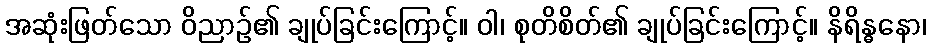
အဆုံးဖြတ်သော ဝိညာဉ်၏ ချုပ်ခြင်းကြောင့်။ ဝါ၊ စုတိစိတ်၏ ချုပ်ခြင်းကြောင့်။ နိရိန္ဓနော၊